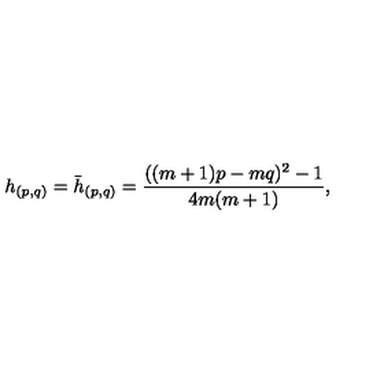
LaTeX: h _ { ( p , q ) } = \bar { h } _ { ( p , q ) } = \frac { ( ( m + 1 ) p - m q ) ^ { 2 } - 1 } { 4 m ( m + 1 ) } ,